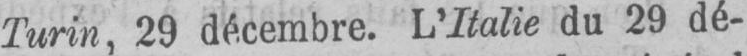
Turin, 29 décembre. L’Italie du 29 dé-